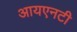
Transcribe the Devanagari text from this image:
आयएनटी